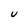
Character: U